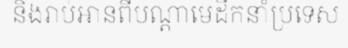
និងរាប់អានពីបណ្តាមេដឹកនាំប្រទេស